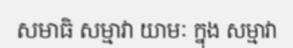
សមាធិ សម្មាវា យាមៈ ក្នុង សម្មាវា